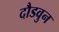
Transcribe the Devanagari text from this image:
दौडवुन